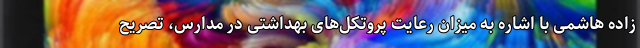
زاده هاشمی با اشاره به میزان رعایت پروتکل‌های بهداشتی در مدارس، تصریح